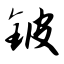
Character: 铍